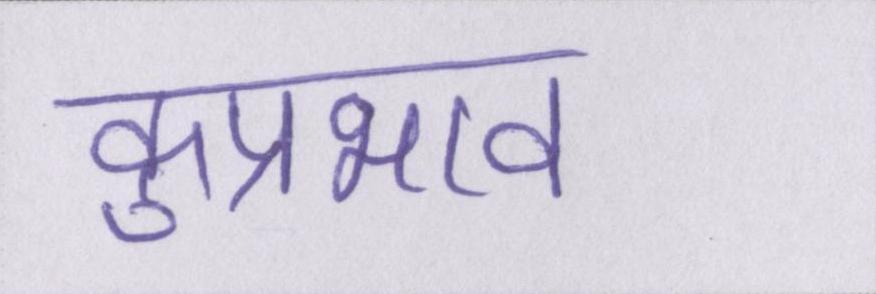
कुप्रभाव